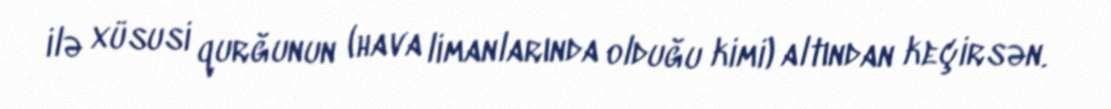
ilə xüsusi qurğunun (hava limanlarında olduğu kimi) altından keçirsən.